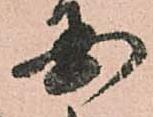
国